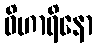
ဝိဟာရိနော